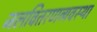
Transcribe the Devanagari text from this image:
जलवितरणव्यवस्था